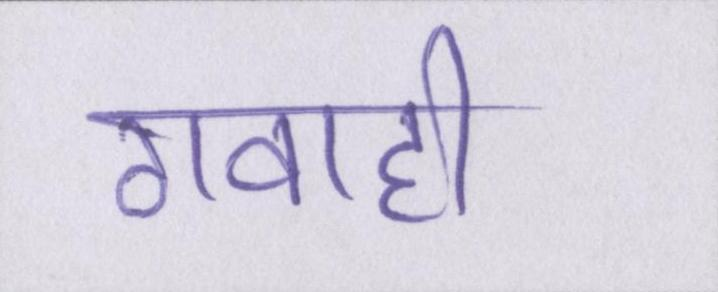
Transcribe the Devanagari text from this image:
गवाही